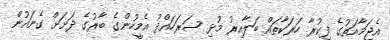
އެޖަމާއަތުގެ ފިކުރާ ހަރަކާތައް ބަލާއިރު މުޅި ސަރަހައްދު އެމީހުންގެ ބާރުގެ ދަށަށް ގެނައުން